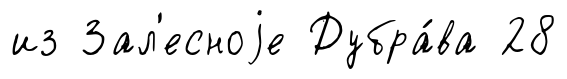
из Зал'есноjе Дубра́ва 28